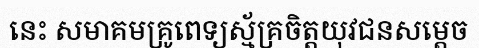
នេះ សមាគមគ្រូពេទ្យស្ម័គ្រចិត្តយុវជនសម្តេច